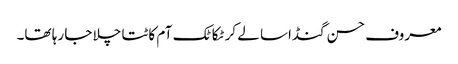
معروف حسن گنڈاسا لے کر ٹکا ٹک آم کاٹتا چلا جا رہا تھا۔